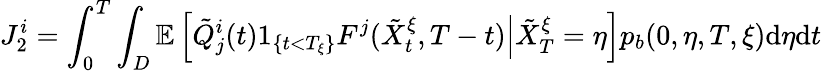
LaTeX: J_{2}^{i}=\int_{0}^{T}\int_{D}\mathbb{E}\left[\left.\tilde{Q}_{j}^{i}(t)1_{\{ t<T_{\xi}\} }F^{j}(\tilde{X}_{t}^{\xi},T-t)\right|\tilde{X}_{T}^{\xi}=\eta\right]p_{b}(0,\eta,T,\xi)\mathrm{d}\eta\mathrm{d}t